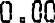
0.00